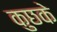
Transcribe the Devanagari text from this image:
कुछके